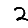
Digit: 2